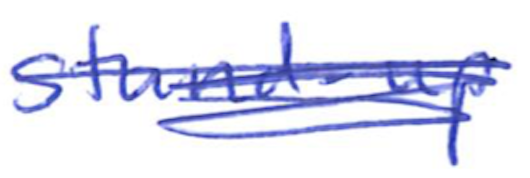
Text: stand-up
Cross-out: scratch
Writing tool: ballpoint